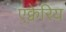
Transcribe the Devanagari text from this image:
एक्वेरिय